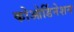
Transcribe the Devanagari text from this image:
कोओर्डिनेशन